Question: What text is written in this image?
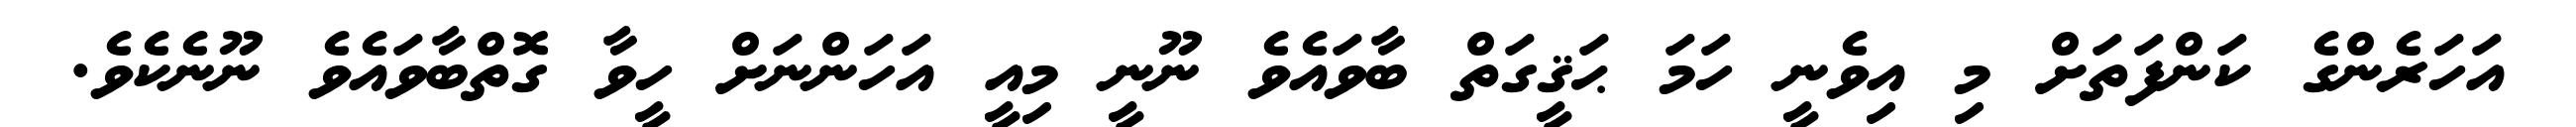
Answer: އަހަރެންގެ ކަންފަތަށް މި އިވެނީ ހަމަ ޙަޤީގަތް ބާވައެވެ ނޫނީ މިއީ އަހަންނަށް ހީވާ ގޮތްބާވައެވެ ނޫނެކެވެ.